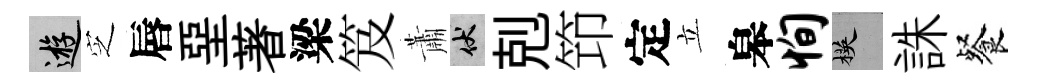
游㝎唇堊著梁笈蕭伏剋笻定立皋恂楧誅餐